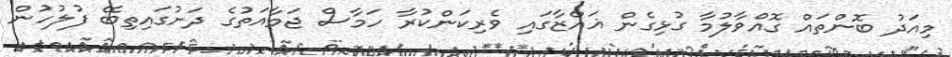
މިއަދު ބޮންތައް ގޮއްވާލުމާ ގުޅިގެން ޣައްޒާގައި ވެރިކަންކުރާ ހަމާސް ޖަމާއަތުގެ ދަށުގައިތިބޭ ފުލުހުން